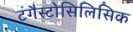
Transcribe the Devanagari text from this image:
टंगैस्टोसिलिसिक